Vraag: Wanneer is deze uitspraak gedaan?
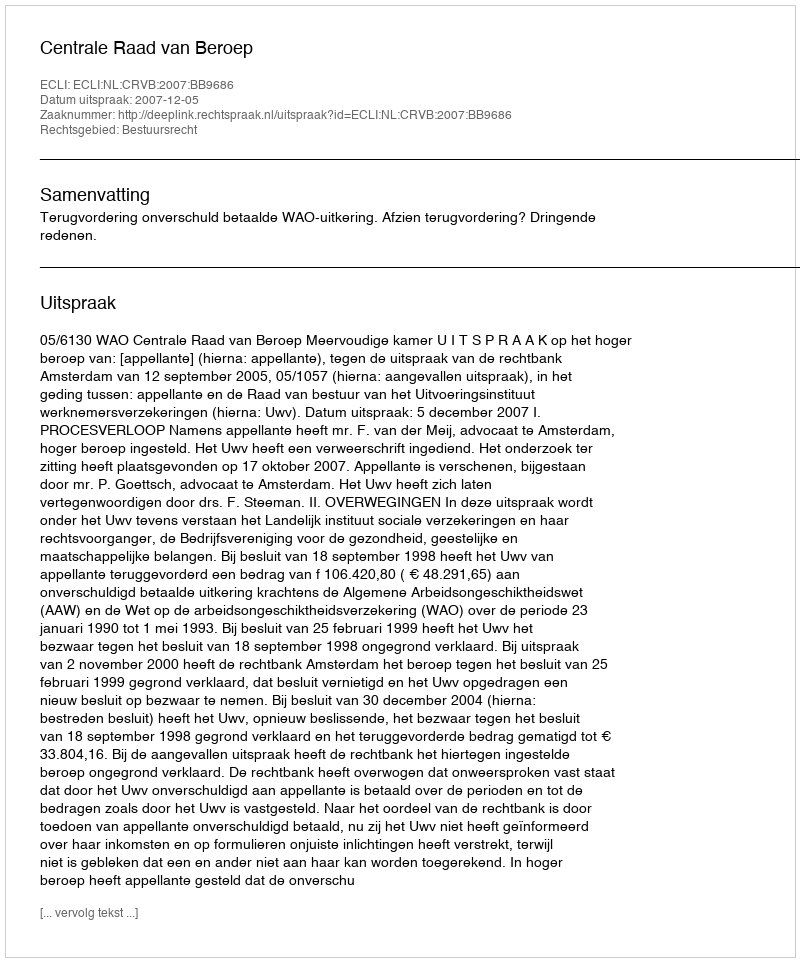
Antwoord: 2007-12-05